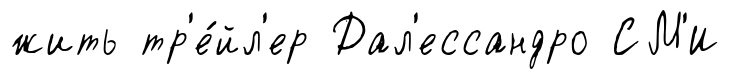
жить тр'е́йл'ер Дал'ессандро СМ'И